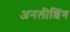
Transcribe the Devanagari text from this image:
अनलीशिंग